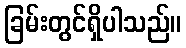
ခြမ်းတွင်ရှိပါသည်။